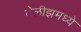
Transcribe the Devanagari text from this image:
बेलीझमध्ये